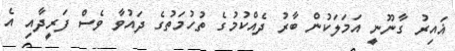
ޣައިރު ގާނޫނީ އަމަލަކުން ބާރު ދެއްކުމުގެ ތުހުމަތުގެ ދައުވާ ވެސް ފަރީދާއި އެ